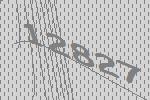
12827